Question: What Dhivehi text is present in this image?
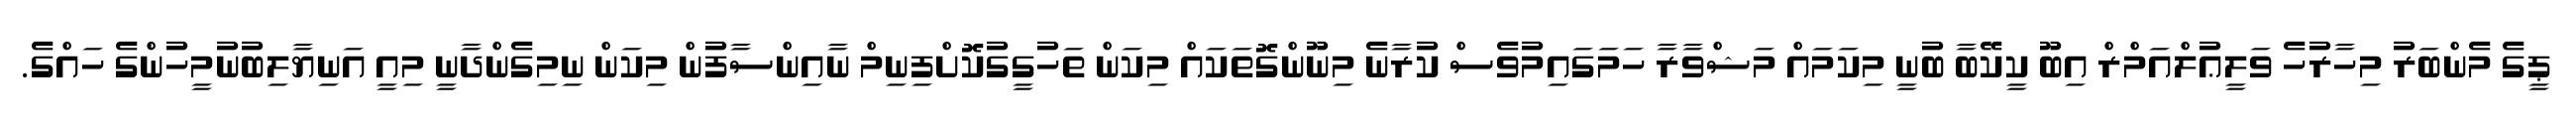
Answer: ޕީގެ މެންބަރު މިހާރުހެ ވަލީޢުލްއަމްރް އިބޫ ކީކޭބާ ބުނީ މިކަމައް މަޝްވާރާ ހަމަގައިމުވެސް ކުރާނެ މިނޫންގޮތަކައް މިކަން ތަހުގީގުކޮށްފިނިމް ނާއިންސާފުން މިކަން ނިމިގެންދާނީ މިއީ އަނިޔާލިބުނުމީހުންގެ ހައްގެ.